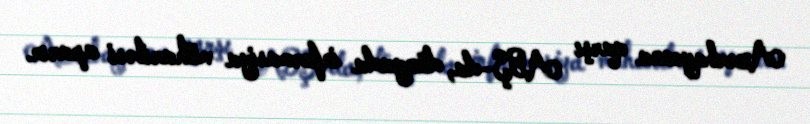
Azərbaycana qarşı ABŞ-da, dünyada informasiya müharibəsi aparır.